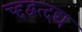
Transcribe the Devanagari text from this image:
च्द्दद्वत्दद्य